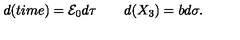
d ( t i m e ) = { \cal E } _ { 0 } d \tau \quad \quad d ( X _ { 3 } ) = b d \sigma .